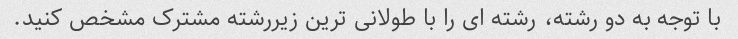
با توجه به دو رشته، رشته ای را با طولانی ترین زیررشته مشترک مشخص کنید.